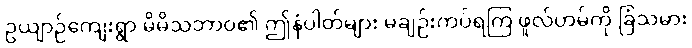
ဥယျာဉ်ကျေးရွာ မိမိသဘာဝ၏ ဤနံပါတ်များ မချဉ်းကပ်ရကြ ဖူလ်ဟမ်ကို ခြံသမား